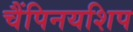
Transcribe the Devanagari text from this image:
चैंपिनयशिप